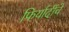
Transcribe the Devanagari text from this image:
फिर्यादींचे